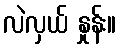
လဲလှယ် နှုန်း။